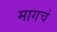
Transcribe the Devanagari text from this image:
मागचं